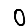
Digit: 0